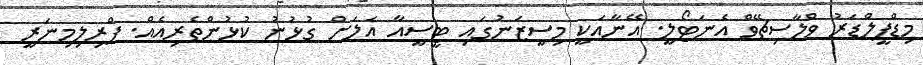
މިޑްފީލްޑަރު ވްލާސިޗޭވް އެނަޓޯލީ. އޭނާއަކީ މިސީޒަނުގައި ޓީސީއާ އަލަށް ގުޅުނު ކުޅުންތެރިއެއް. ޕްރިލިމިނަރީ